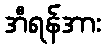
အီရန်အား